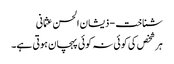
شناخت - ذیشان الحسن عثمانی
ہر شخص کی کوئی نہ کوئی پہچان ہوتی ہے۔